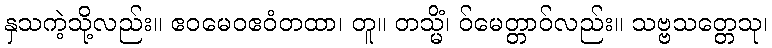
နှသကဲ့သို့လည်း။ ဧဝမေဝဧဝံတထာ၊ တူ။ တသ္မိံ၊ ဝ်မေတ္တာဝ်လည်း။ သဗ္ဗသတ္တေသု၊